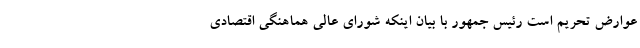
عوارض تحریم است رئیس جمهور با بیان اینکه شورای عالی هماهنگی اقتصادی